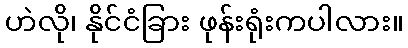
ဟဲလို၊ နိုင်ငံခြား ဖုန်းရုံးကပါလား။